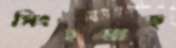
সিংহমাছ